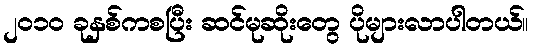
၂၀၁၀ ခုနှစ်ကစပြီး ဆင်မုဆိုးတွေ ပိုများလာပါတယ်။